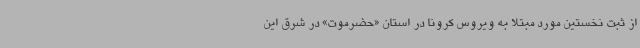
از ثبت نخستین مورد مبتلا به ویروس کرونا در استان «حضرموت» در شرق این